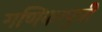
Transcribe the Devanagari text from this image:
गणिकापुत्री